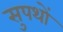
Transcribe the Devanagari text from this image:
सुपथों